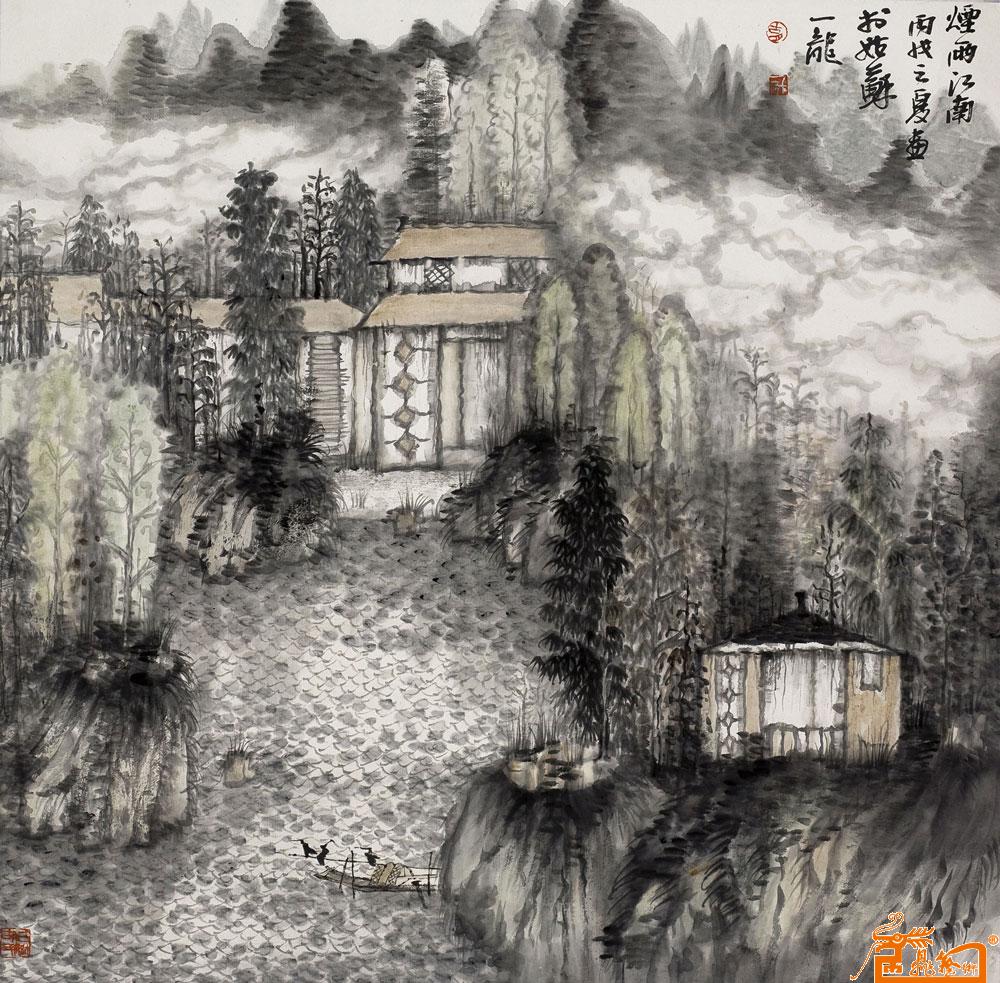
还背垂虹秋去，四桥烟雨，一宵歌酒。